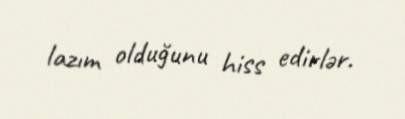
lazım olduğunu hiss edirlər.